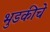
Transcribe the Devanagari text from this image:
भुडकीचे